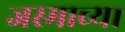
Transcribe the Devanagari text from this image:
जस्माच्या